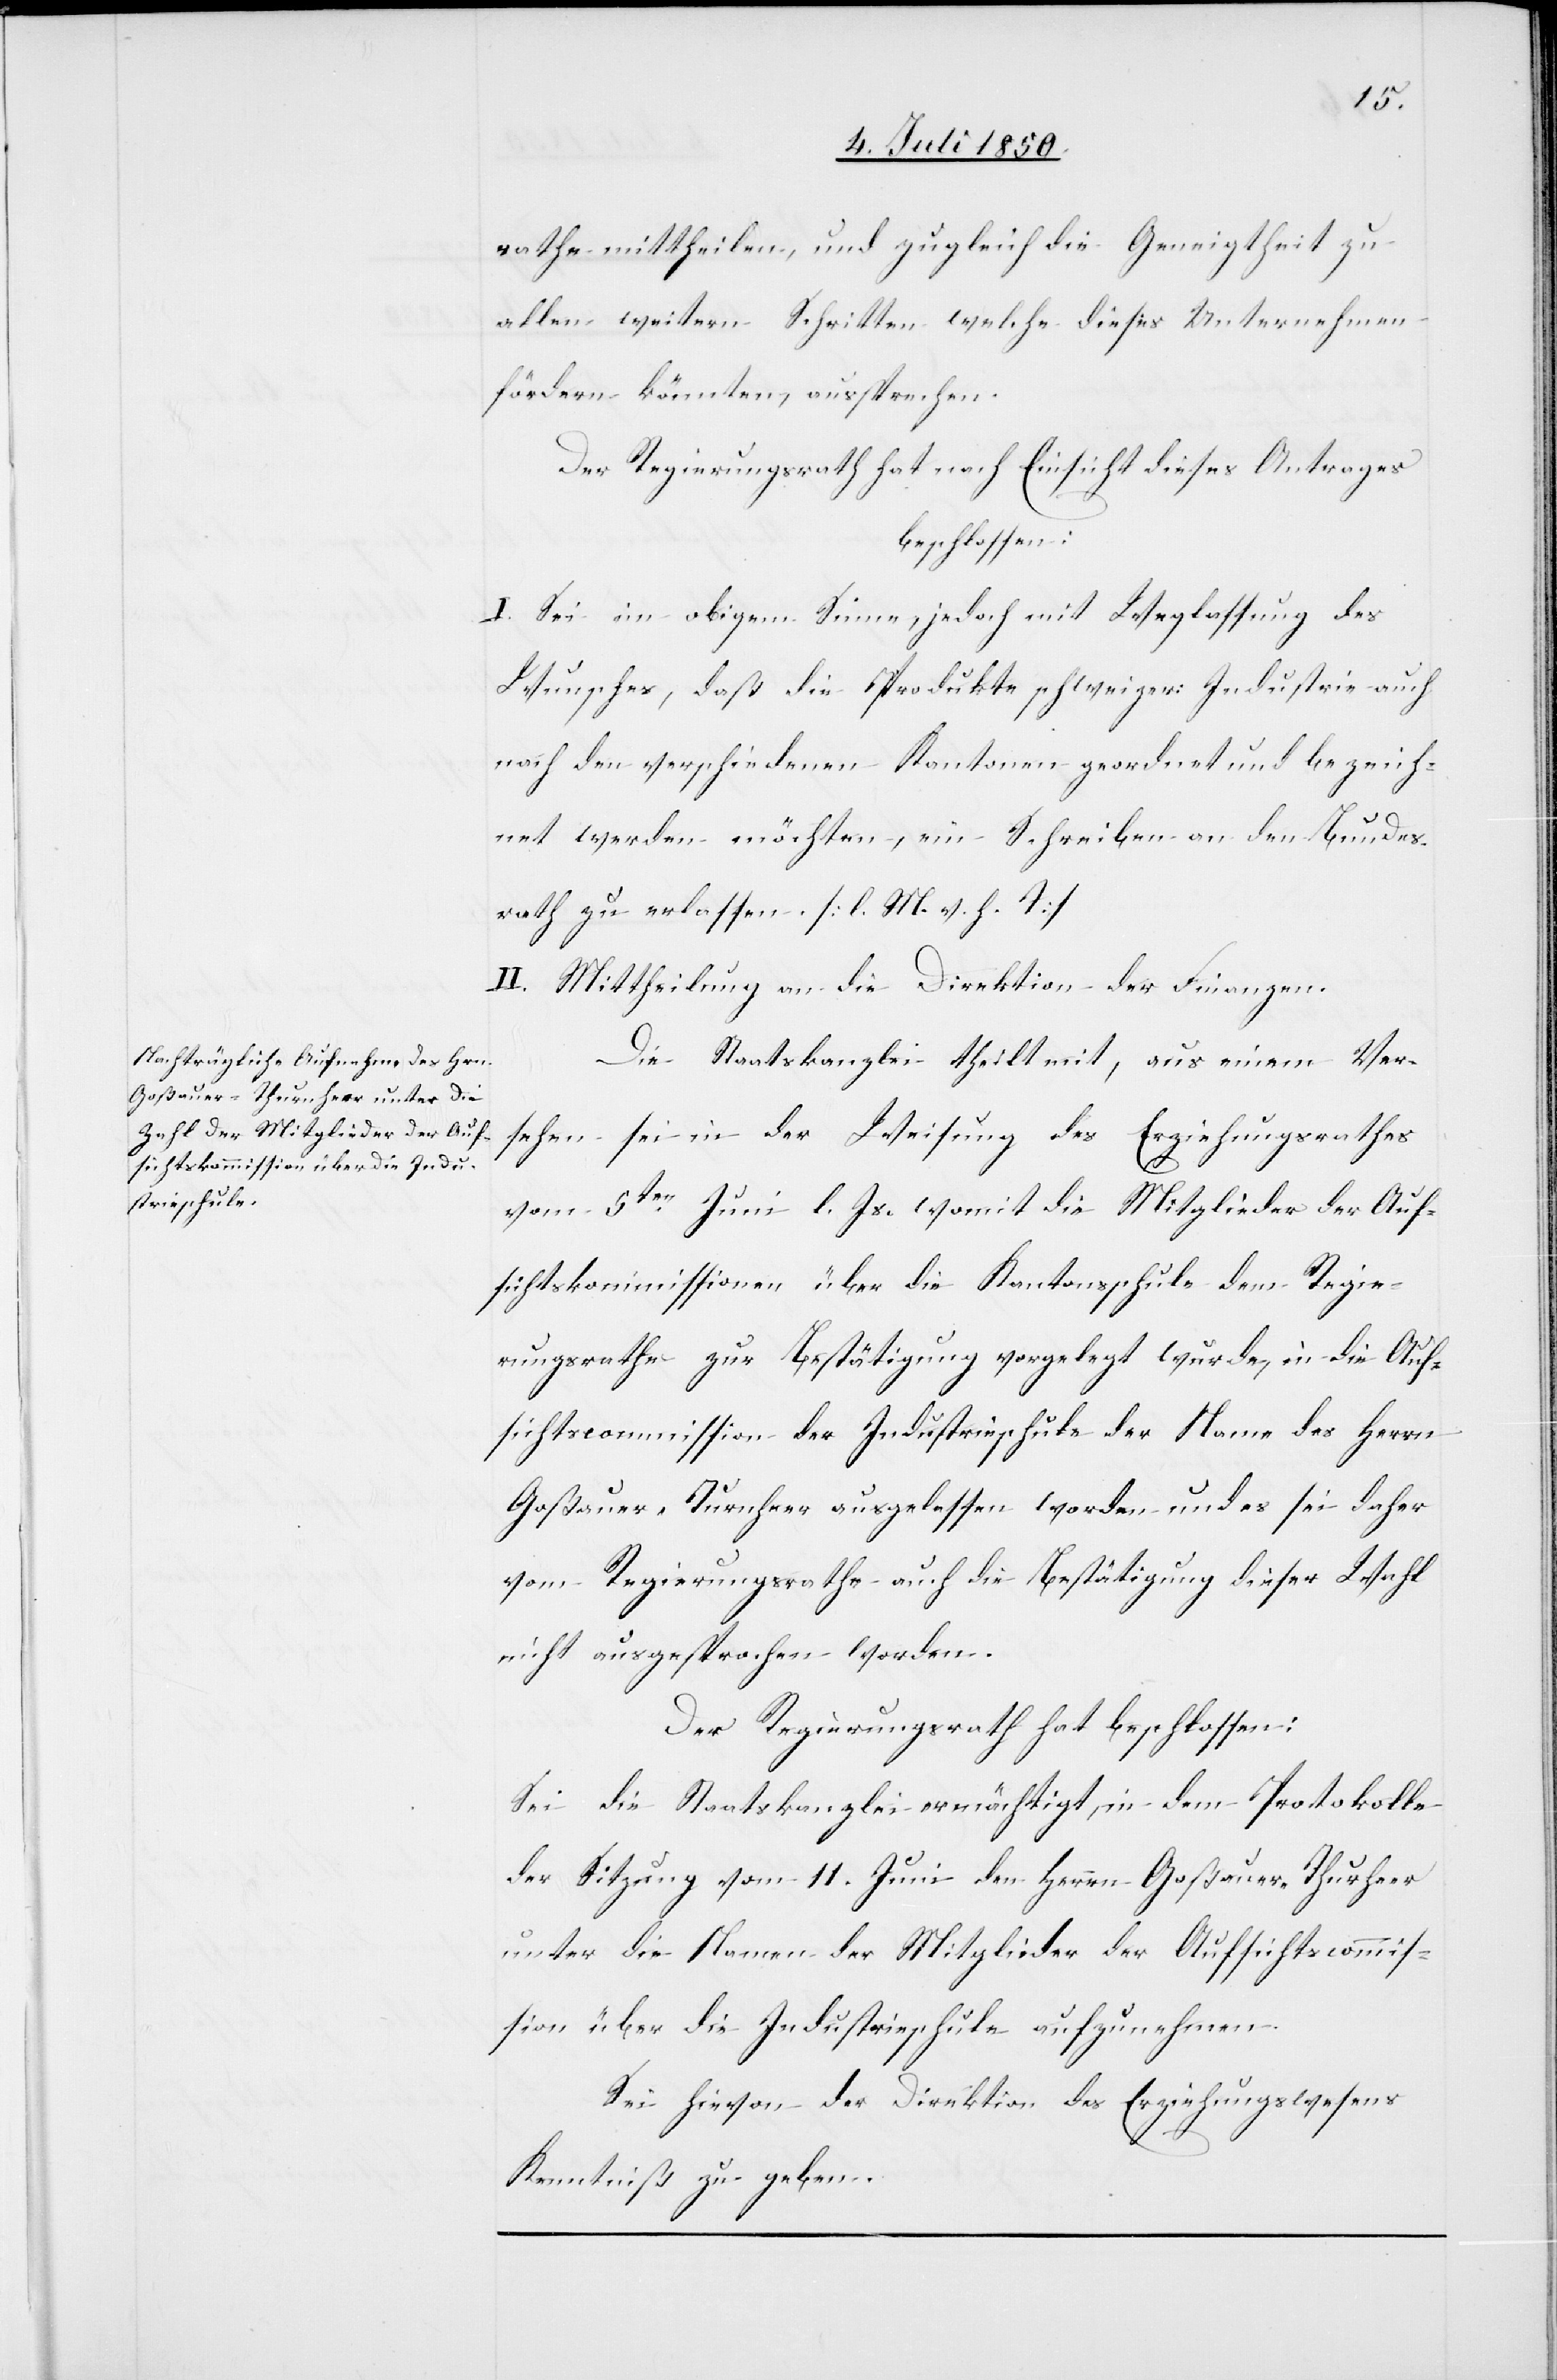
rathe mittheilen, und zugleich die Geneigtheit zu
allen weitern Schritten welche dieses Unternehmen
fördern könnten, aussprechen.
Der Regierungsrath hat nach Einsicht dieses Antrages
beschlossen.
I. Sei im obigen Sinne, jedoch mit Weglassung des
Wunsches, daß die Produkte schweizer: Industrie auch
nach den verschiedenen Kantonen geordnet und bezeich¬
net werden möchten, ein Schreiben an den Bundes¬
rath zu erlassen. [l. M. v. h. T]
II. Mittheilung an die Direktion der Finanzen.
Die Staatskanzlei theilt mit, aus einem Ver¬
sehen sei in der Weisung des Erziehungsrathes
vom 5ten Juni l. Js. womit die Mitglieder der Auf¬
sichtskommissionen über die Kantonsschule dem Regie¬
rungsrathe zur Bestätigung vorgelegt wurde, in die Auf¬
sichtscommission der Industrieschule der Name des Herrn
Goßauer-Turnheer [sic!] ausgelassen worden und es sei daher
vom Regierungsrathe auch die Bestätigung dieser Wahl
nicht ausgesprochen worden.
Der Regierungsrath hat beschlossen:
Sei die Staatskanzlei ermächtigt, in dem Protokolle
der Sitzung vom 11. Juni den Herrn Goßauer-Thurheer
unter die Namen der Mitglieder der Aufsichtscommis¬
son über die Industrieschule aufzunehmen.
Sei hievon der Direktion des Erziehungswesens
Kenntniß zu geben.